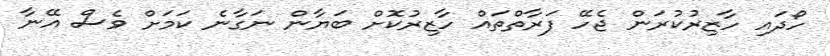
ހޯދައި ހާޒިރުކުރަން ޖެހޭ ފަރާތްތައް ހާޒިރުކޮށް ބަޔާން ނަގާނެ ކަމަށް ވެސް އޭނާ